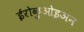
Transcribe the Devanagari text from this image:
ईरोक़ुओइअन